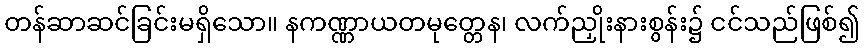
တန်ဆာဆင်ခြင်းမရှိသော။ နကဏ္ဏာယတမုတ္တေန၊ လက်ညှိုးနားစွန်း၌ ငင်သည်ဖြစ်၍